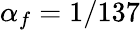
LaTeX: \alpha_{f}=1/137